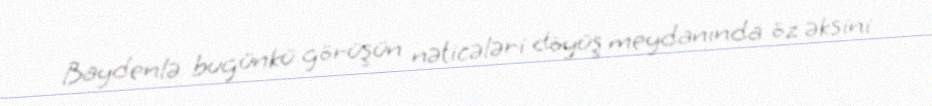
Baydenlə bugünkü görüşün nəticələri döyüş meydanında öz əksini